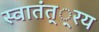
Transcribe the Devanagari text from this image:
स्वातंत््रय